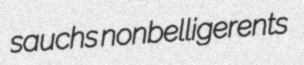
sauchs nonbelligerents